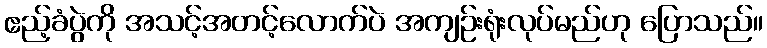
ဧည့်ခံပွဲကို အသင့်အတင့်လောက်ပဲ အကျဉ်းရုံးလုပ်မည်ဟု ပြောသည်။